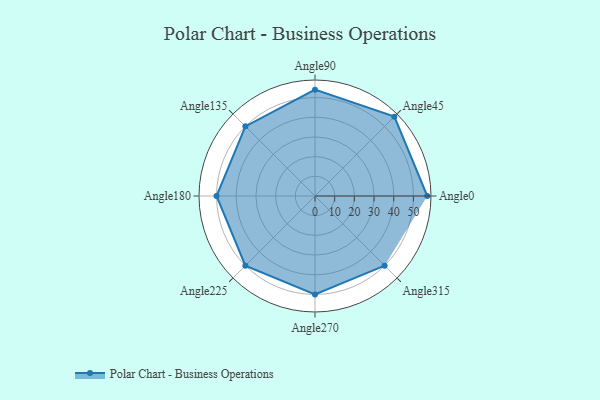
{"axis": {"x": "Angle", "y": "Radius"}, "legend": [""], "data": [{"x": "Angle0", "y": 57.0, "type": ""}, {"x": "Angle45", "y": 57.0, "type": ""}, {"x": "Angle90", "y": 54.0, "type": ""}, {"x": "Angle135", "y": 50, "type": ""}, {"x": "Angle180", "y": 50, "type": ""}, {"x": "Angle225", "y": 50, "type": ""}, {"x": "Angle270", "y": 50, "type": ""}, {"x": "Angle315", "y": 50, "type": ""}]}